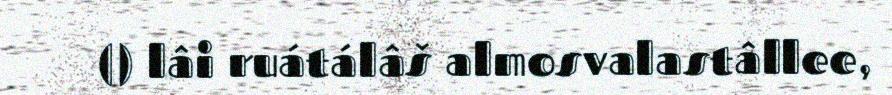
() lâi ruátálâš almosvalastâllee,